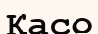
Қасо